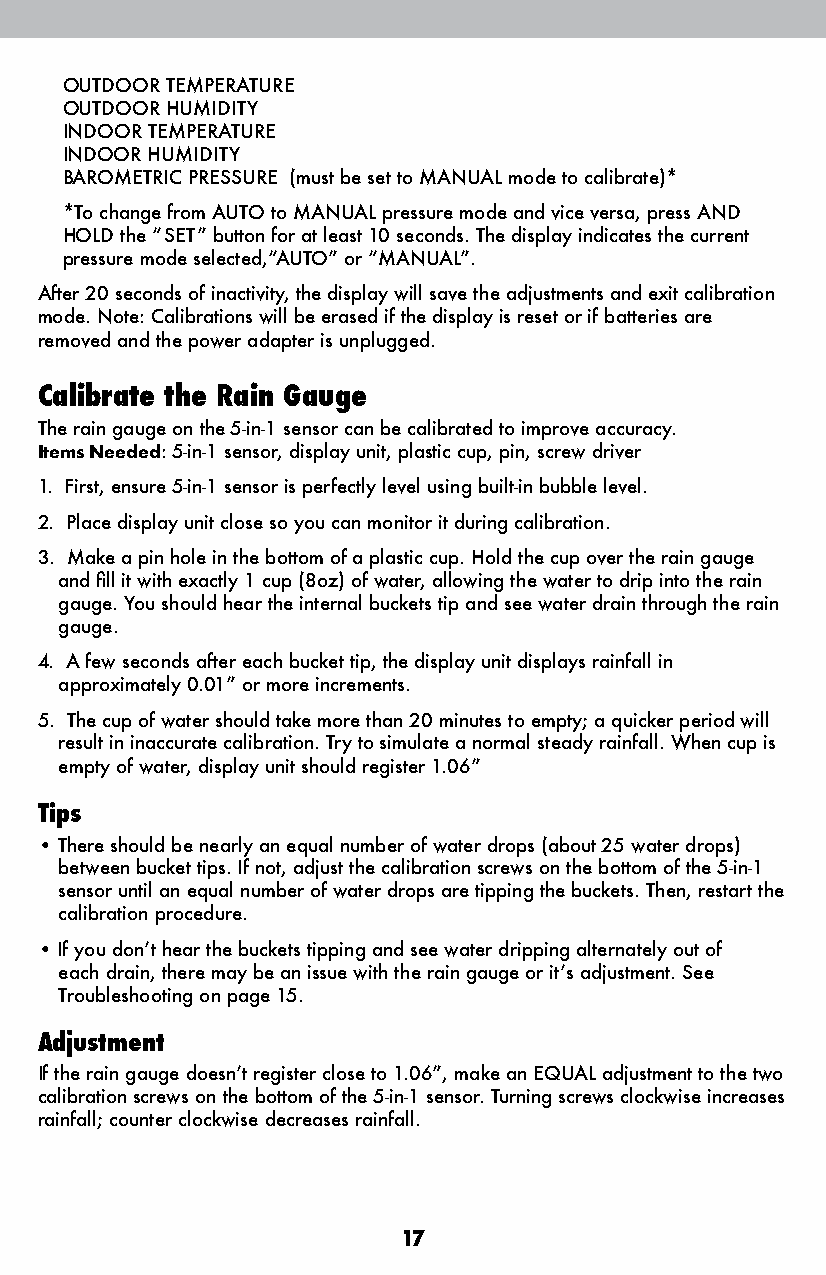
OUTDOOR TEMPERATURE
 OUTDOOR HUMIDITY
 INDOOR TEMPERATURE
 INDOOR HUMIDITY
 BAROMETRIC PRESSURE (must be set to MANUAL mode to calibrate)*
 *To change from AUTO to MANUAL pressure mode and vice versa, press AND
 HOLD the “SET” button for at least 10 seconds. The display indicates the current
 pressure mode selected,“AUTO” or “MANUAL”.
 After 20 seconds of inactivity, the display will save the adjustments and exit calibration
 mode. Note: Calibrations will be erased if the display is reset or if batteries are
 removed and the power adapter is unplugged.
 Calibrate the Rain Gauge
 The rain gauge on the 5-in-1 sensor can be calibrated to improve accuracy.
 Items Needed: 5-in-1 sensor, display unit, plastic cup, pin, screw driver
 1. First, ensure 5-in-1 sensor is perfectly level using built-in bubble level.
 2. Place display unit close so you can monitor it during calibration.
 3. Make a pin hole in the bottom of a plastic cup. Hold the cup over the rain gauge
 and fill it with exactly 1 cup (8oz) of water, allowing the water to drip into the rain
 gauge. You should hear the internal buckets tip and see water drain through the rain
 gauge.
 4. A few seconds after each bucket tip, the display unit displays rainfall in
 approximately 0.01” or more increments.
 5. The cup of water should take more than 20 minutes to empty; a quicker period will
 result in inaccurate calibration. Try to simulate a normal steady rainfall. When cup is
 empty of water, display unit should register 1.06”
 Tips
 • There should be nearly an equal number of water drops (about 25 water drops)
 between bucket tips. If not, adjust the calibration screws on the bottom of the 5-in-1
 sensor until an equal number of water drops are tipping the buckets. Then, restart the
 calibration procedure.
 • If you don’t hear the buckets tipping and see water dripping alternately out of
 each drain, there may be an issue with the rain gauge or it’s adjustment. See
 Troubleshooting on page 15.
 Adjustment
 If the rain gauge doesn’t register close to 1.06”, make an EQUAL adjustment to the two
 calibration screws on the bottom of the 5-in-1 sensor. Turning screws clockwise increases
 rainfall; counter clockwise decreases rainfall.
 17